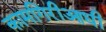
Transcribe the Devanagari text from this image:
कामगिरीआधी